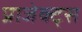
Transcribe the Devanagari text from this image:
प्राजेक्ट्स